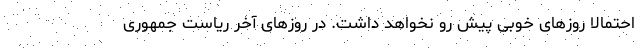
احتمالاً روزهای خوبی پیش رو نخواهد داشت. در روزهای آخر ریاست جمهوری